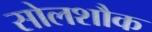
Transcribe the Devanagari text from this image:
सोलशौक